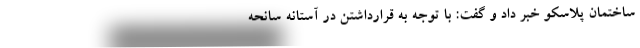
ساختمان پلاسکو خبر داد و گفت: با توجه به قرارداشتن در آستانه سانحه